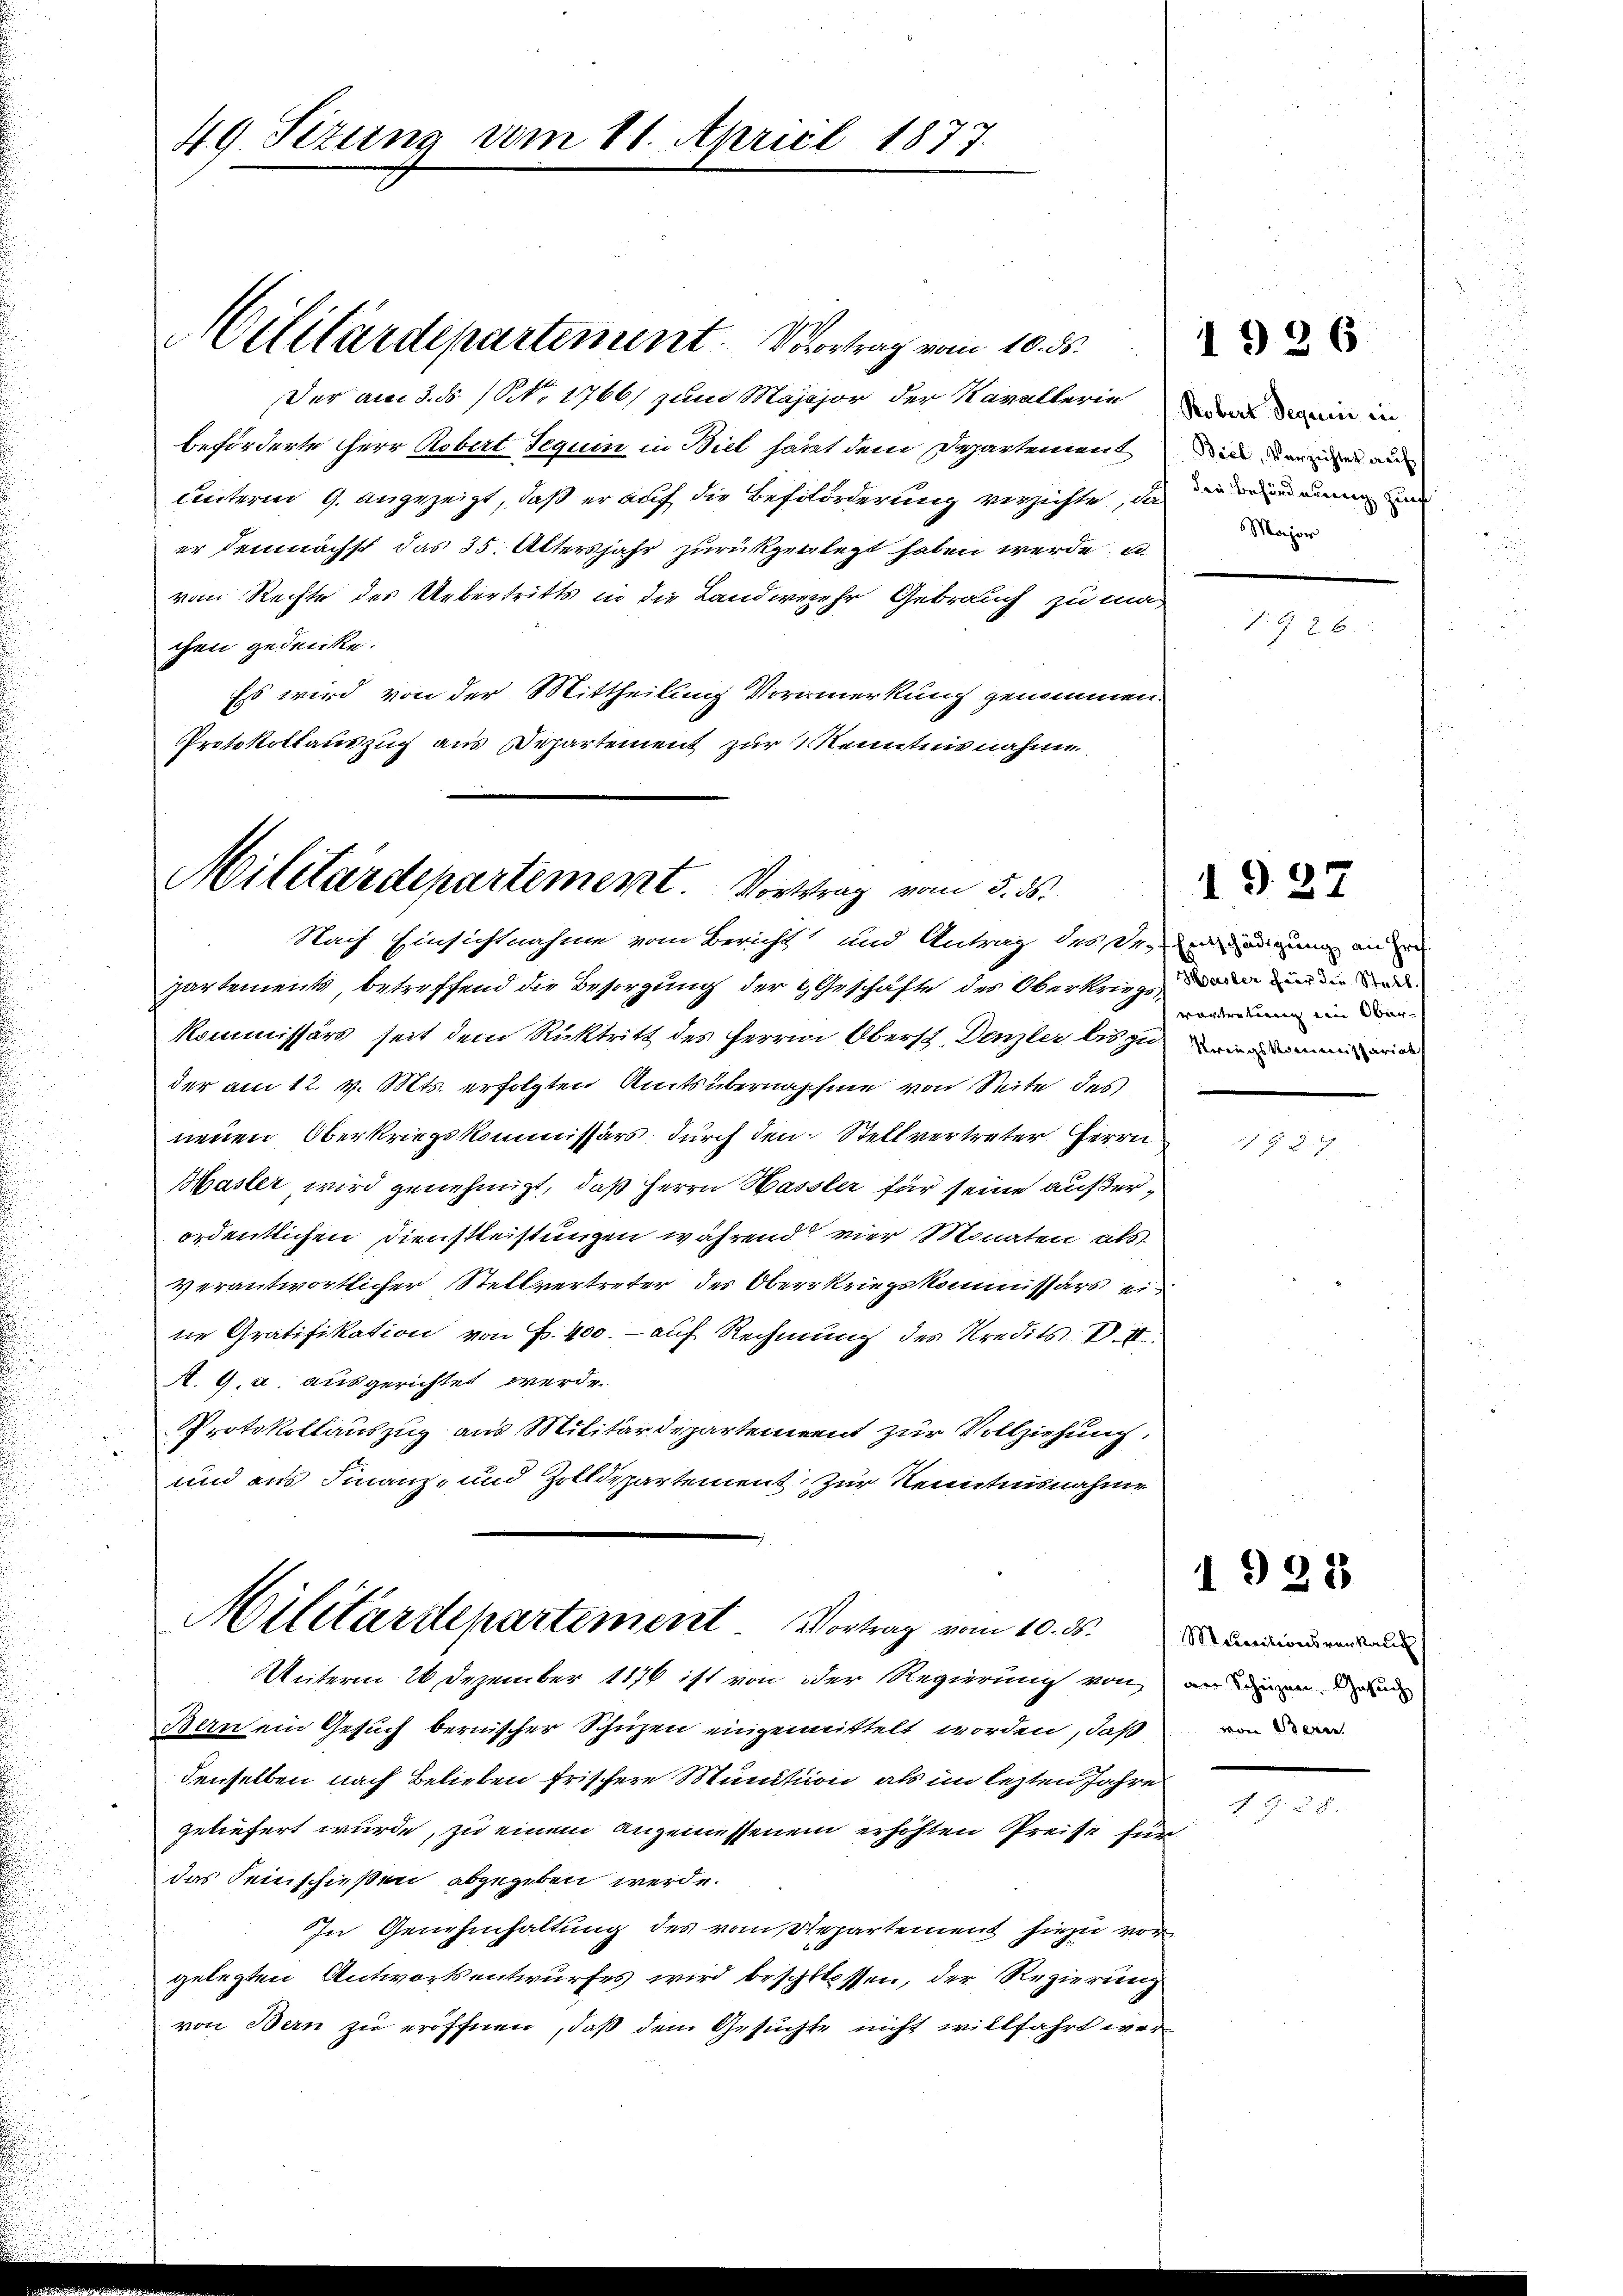
Der am 3. ds (S. 1766, zum Majajor der Kavallerie
beförderte Herr Robert Jequin in Biel hart dem Departement
unterm 9. angezeigt, daß er auf die Befilorderung versichte, da ein
er demnächst das 35. Altersjahr zurückgelegt haben werde, u
vom Rechte des Uebertritts in die Landwehr Gebrauch zu machen gedenke.
Es wird von der Mittheilung Vormerkung genommen.
Protokollauszug aus Departement zur Kenntnisnahme

49. Sizung vom 11. April 1877.

Militärdepartement. Vortrag vom 10. ds.

Militärdepartement. Vortrag vom 5. ds.
Nach Einsichtnahme vom Bericht und Antrag des seinigung an

partements, betreffend die Besorgung der Geschäfte des Oberkriege, den und die d
Kommissärs seit dem Rücktritt des Herrn Obersch. Denzler bis zu eine mein eine
der am 12. v. Mts. erfolgten Amtsübernahme von Seite des
nenen Oberkriegskommissärs durch den Stellvertreter Herrn
Master wird genehmigt, daß Herrn Hassler für seine außerordentlichen Dienstleistungen während vier Monaten als
verantwortlicher Stellvertreter des Oberkriegskommissärs ein
ne Gratifikation von P. 400. - auf Rechnung des Kredits V. II.
A. 9. a. ausgerichtet werde.
Protokollauszug aus Militärdepartement zur Vollziehung,
und aus Finanz- und Zolldepartement zur Kenntnisnahme

Militärdepartement. Vortrag vom 10. ds.
Unterm 26 Dezember 1876 ist von der Regierung von an die de

Bern ein Gesuch bernischer Schuzen eingemittelt worden, daß von
denselben nach Belieben frischere Munition als im lezten Jahre
geliefert wurde, zu einem angemessenem erhöhten Preise für
das Seinschießen abgegeben werde.
In Genehmhaltung des vom Departement hiezu vorgelegten Antwortsentwurfes wird beschlossen, der Regierung
von Bern zu eröffnen, daß dem Gesuchte nicht willfahrt wer¬

Robert Sequnii in
Biel, Verzichtet auf
Major

1926

J. G. 26.

vortretung ein Ober-

§ 27

MCaritionsverkauf

1928

d

1.